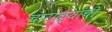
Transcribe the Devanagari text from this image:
चारोळ्यांची